Mental hospitals Bombay report 1929-33 - 1929-1933
Year: 1929
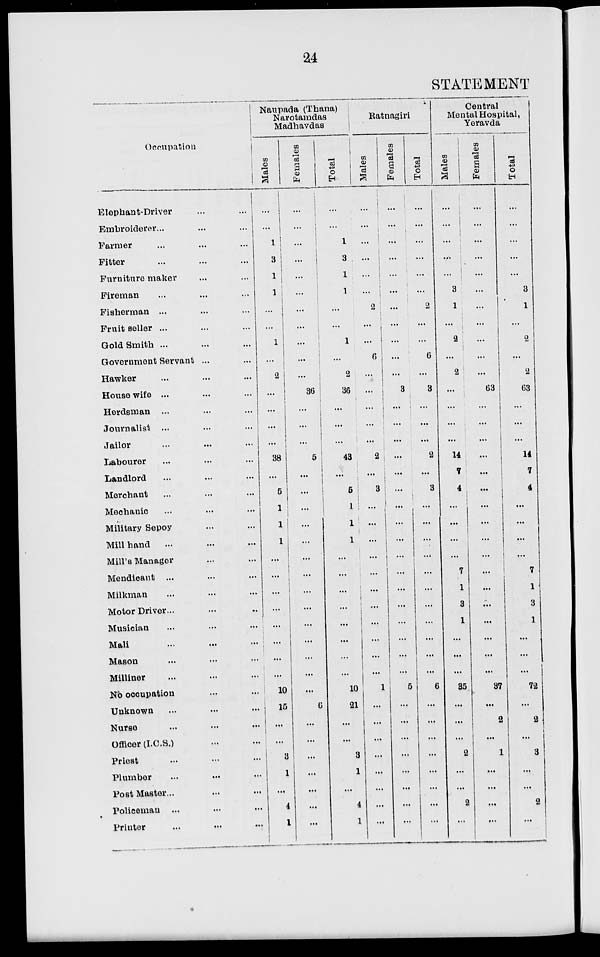
24
STATEMENT
Occupation
Elephant-Driver
...
...
Embroiderer...
...
...
Farmer ... ... ...
Fitter ... ... ...
Furniture maker ... ...
Fireman ... ... ...
Fisherman ... ... ...
Fruit seller ... ... ...
Gold Smith ... ... ...
Government Servant ... ...
Hawker ... ... ...
Housewife ... ... ...
Herdsman ... ... ...
Journalist ... ... ...
Jailor ... ... ...
Labourer ... ... ...
Landlord ... ... ...
Merchant ... ... ...
Mechanic ... ... ...
Military Sepoy ... ...
Mill hand ... ... ...
Mill's Manager ... ...
Mendicant ... ... ...
Milkman ... ... ...
Motor Driver ... ... ...
Musician ... ... ...
Mali ... ... ...
Mason ... ... ...
Milliner ... ... ...
No occupation ... ...
Unknown ... ... ...
Nurse ... ... ...
Officer (I.C.S.) ... ...
Priest ... ... ...
Plumber ... ... ...
Post Master ... ... ...
Policeman ... ... ...
Printer ... ... ...
Naupada (Thana)
Narotamdas
Madhavdas
Males
...
...
1
3
1
1
...
...
1
...
2
...
...
...
...
38
...
5
1
1
1
...
...
...
...
...
...
...
...
10
15
...
...
3
1
...
4
1
Females
...
...
...
...
...
...
...
...
...
...
...
36
...
...
...
5
...
...
...
...
...
...
...
...
...
...
...
...
...
...
6
...
...
...
...
...
...
...
Total
...
...
1
3
1
1
...
...
1
...
2
36
...
...
...
43
...
5
1
1
1
...
...
...
...
...
...
...
...
10
21
...
...
3
1
...
4
1
Ratnagiri
Males
...
...
...
...
...
...
2
...
...
6
...
...
...
...
...
2
...
3
...
...
...
...
...
...
...
...
...
...
...
1
...
...
...
...
...
...
...
...
Females
...
...
...
...
...
...
...
...
...
...
...
3
...
...
...
...
...
...
...
...
...
...
...
...
...
...
...
...
...
5
...
...
...
...
...
...
...
...
Total
...
...
...
...
...
...
2
...
...
6
...
3
...
...
...
2
...
3
...
...
...
...
...
...
...
...
...
...
6
...
...
...
...
...
...
...
...
Central
Mental Hospital,
Yeravda
Males
...
...
...
...
...
3
1
...
2
...
2
...
...
...
...
14
7
4
...
...
...
...
7
1
3
1
...
...
...
35
...
...
...
2
...
...
2
...
Females
...
...
...
...
...
...
...
...
...
...
...
63
...
...
...
...
...
...
...
...
...
...
...
...
...
...
...
...
...
37
...
2
...
1
...
...
...
...
Total
...
...
...
...
...
3
1
...
2
...
2
63
...
...
...
14
7
4
...
...
...
...
7
1
3
1
...
...
...
72
...
2
...
3
...
...
2
...